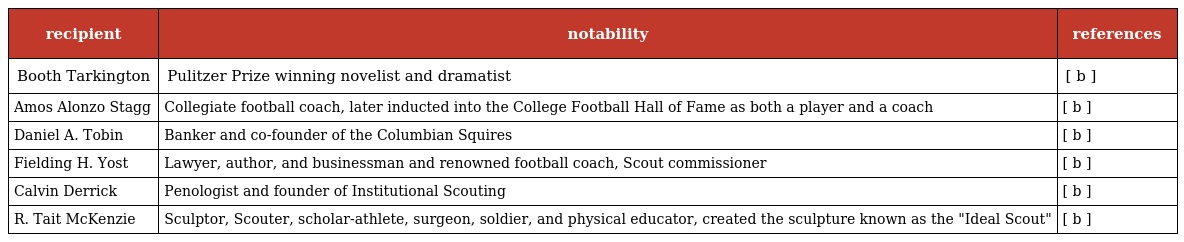
| recipient | notability | references |
 | --- | --- | --- |
 | Booth Tarkington | Pulitzer Prize winning novelist and dramatist | [ b ] |
 | Amos Alonzo Stagg | Collegiate football coach, later inducted into the College Football Hall of Fame as both a player and a coach | [ b ] |
 | Daniel A. Tobin | Banker and co-founder of the Columbian Squires | [ b ] |
 | Fielding H. Yost | Lawyer, author, and businessman and renowned football coach, Scout commissioner | [ b ] |
 | Calvin Derrick | Penologist and founder of Institutional Scouting | [ b ] |
 | R. Tait McKenzie | Sculptor, Scouter, scholar-athlete, surgeon, soldier, and physical educator, created the sculpture known as the "Ideal Scout" | [ b ] |